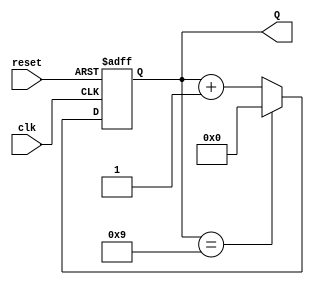
module decade_counter (
    input wire clk,     // Clock input
    input wire reset,   // Asynchronous reset input
    output reg [3:0] Q  // 4-bit output for the counter
);
    // Always block triggered by the clock or reset
    always @ (posedge clk or posedge reset) begin
        if (reset) begin
            // Reset the counter
            Q <= 4'b0000;
        end else begin
            // Counting logic
            if (Q == 4'b1001) begin
                // If counter reaches 9, reset to 0
                Q <= 4'b0000;
            end else begin
                // Increment the counter
                Q <= Q + 1;
            end
        end
    end
endmodule